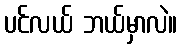
ပင်လယ် ဘယ်မှာလဲ။